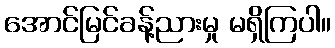
အောင်မြင်ခန့်ညားမှု မရှိကြပါ။